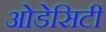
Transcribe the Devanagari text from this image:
ओडेसिटी